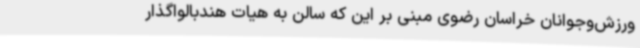
ورزش‌وجوانان خراسان رضوی مبنی بر این که سالن به هیات هندبالواگذار